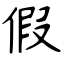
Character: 假